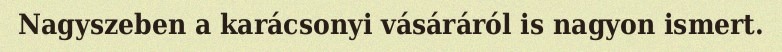
Nagyszeben a karácsonyi vásáráról is nagyon ismert.